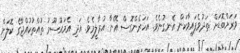
ވަރަށްބޮޑަށް ތަދުވެފައިވާކަން އެނގުނެވެ. އަހަރެންގޮސް އޭނާ އުރާލީމެވެ. އަދި އެމައުސޫމު ތުއްތުކުއްޖާގެ ކޮލަށް